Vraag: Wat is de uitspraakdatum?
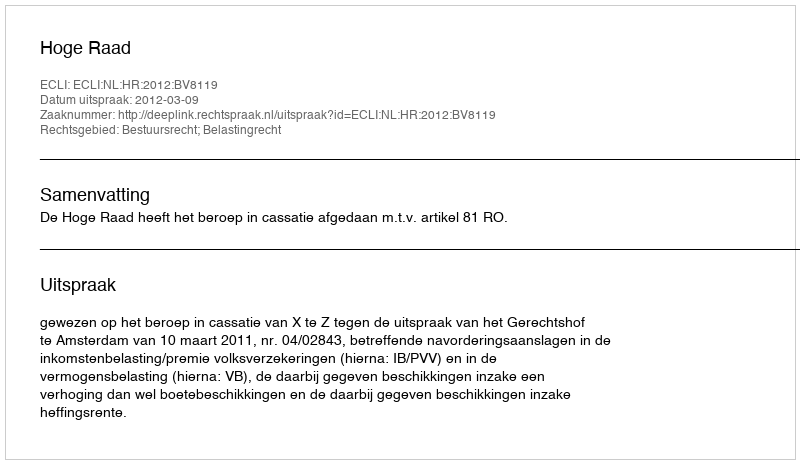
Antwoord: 2012-03-09